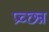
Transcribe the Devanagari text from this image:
प्रच्छ्न्न